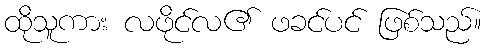
ထိုသူကား လဖိုင်လ၏ ဖခင်ပင် ဖြစ်သည်။